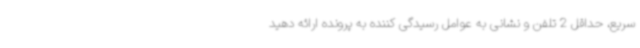
سریع، حداقل 2 تلفن و نشانی به عوامل رسیدگی کننده به پرونده ارائه دهید